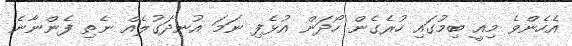
އެހެންވެ މިއީ ބިމުގައި ހުރެގެން ހޯދަން އުޅެފި ނަމަ އުނދަގުލެއް ނެތި ފެންނާނެ